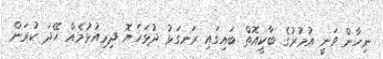
ނިހާން ވަނީ އުމުރުގެ ބާކީއޮތް ބައިގައި ރަނގަޅު ދުޅަހެޔޮ ދިރިއުޅުމެއް ހޭދަ ކުރަން